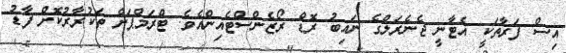
އިސް ފަރާތަކީ އެޓާނީ ޖެނެރަލްގެ ނައިބު ރޮޑް ރޯޒެންސްޓެއިންއެވެ. ޓްރަމްޕަށް ތަކުރާރުކޮށް ފާޑު